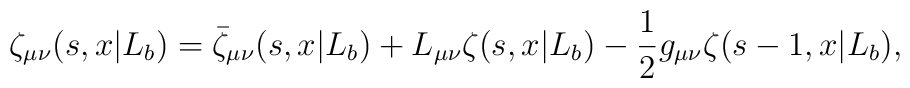
\zeta_ {\mu\nu}(s,x|L_b)=\bar\zeta_{\mu\nu}(s,x|L_b)+L_{\mu\nu}\zeta(s,x|L_b)-{1\over 2}g_{\mu\nu}\zeta(s-1,x|L_b),